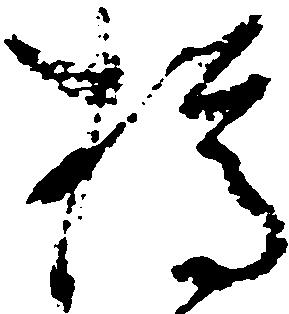
樽